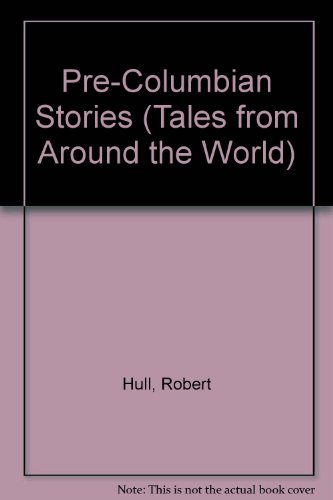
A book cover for Pre-Columbian Stories (Tales from Around the World); Robert Hull; Children's Books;